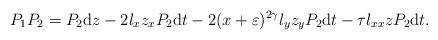
LaTeX: \begin{align*}P_1P_2=P_2 {\rm d}z-2l_x z_x P_2{\rm d}t-2(x+\varepsilon)^{2\gamma} l_y z_y P_2{\rm d}t-\tau l_{xx} z P_2{\rm d}t.\end{align*}